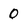
Character: 0